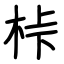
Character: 桛